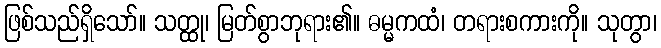
ဖြစ်သည်ရှိသော်။ သတ္ထု၊ မြတ်စွာဘုရား၏။ ဓမ္မကထံ၊ တရားစကားကို။ သုတွာ၊